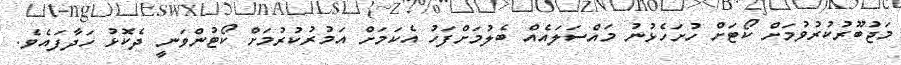
މަޖުބޫރުކުރުވުމަށް ކޯޓަށް ހުށަހެޅުނު މައްސަލައެއް ބެލުމަށްފަހު އެކަމަށް އަމުރުކުރުމަށް ކޯޓުންވަނީ ދެކޮޅު ހަދާފައެވެ.